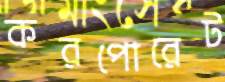
করপোরেট